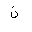
Letter: _non